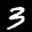
Label: 3